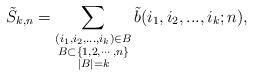
LaTeX: \begin{align*} \tilde{S}_{k,n} = \sum_{\substack{(i_{1},i_{2},...,i_{k}) \in B\\ B\subset \{1,2,\cdots , n\}\\ |B| = k}} \tilde{b}(i_{1},i_{2},...,i_{k};n),\end{align*}